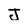
Character: J